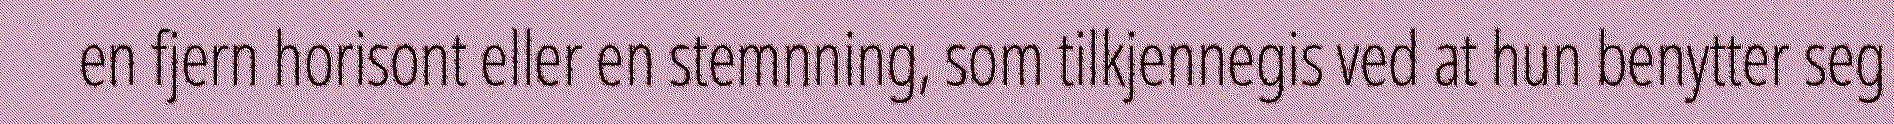
en fjern horisont eller en stemnning, som tilkjennegis ved at hun benytter seg